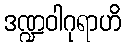
ဒဏ္ဍဝါဂုရာဟိ